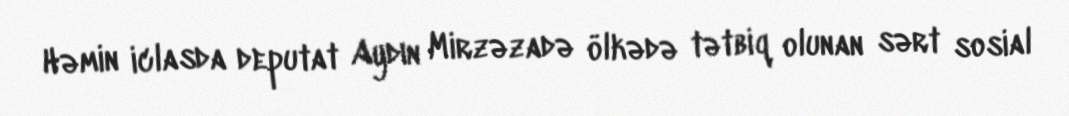
Həmin iclasda deputat Aydın Mirzəzadə ölkədə tətbiq olunan sərt sosial